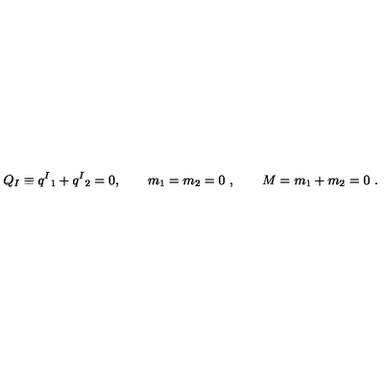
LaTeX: Q _ { I } \equiv q ^ { I } { } _ { 1 } + q ^ { I } { } _ { 2 } = 0 , \qquad m _ { 1 } = m _ { 2 } = 0 \ , \qquad M = m _ { 1 } + m _ { 2 } = 0 \ .